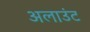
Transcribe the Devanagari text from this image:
अलाउंट